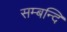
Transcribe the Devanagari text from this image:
सम्बन्दि